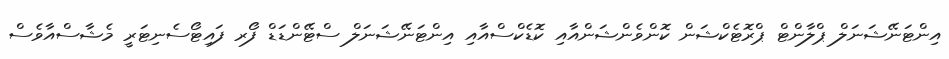
އިންޓަނޭޝަނަލް ޕްލާންޓް ޕްރޮޓެކްޝަން ކޮންވެންޝަންއާއި ކޮޑެކްސްއާއި އިންޓަނޭޝަނަލް ސްޓޭންޑަޑް ފޯރ ފައިޓޯސެނިޓަރީ މެޝާސްއާވެސް